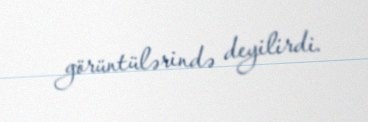
görüntülərində deyilirdi.